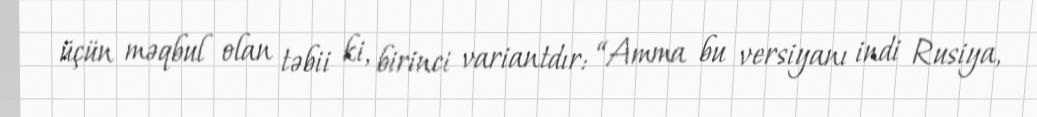
üçün məqbul olan təbii ki, birinci variantdır: “Amma bu versiyanı indi Rusiya,